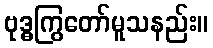
ဗုဒ္ဓကြွတော်မူသနည်း။